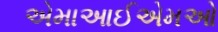
એમાઆઈએમઓ